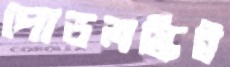
পোডলস্কিই